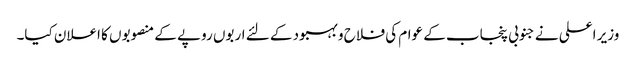
وزیر اعلی نے جنوبی پنجاب کے عوام کی فلاح و بہبود کے لئے اربوں روپے کے منصوبوں کا اعلان کیا۔